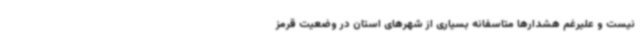
نیست و علیرغم هشدارها متاسفانه بسیاری از شهرهای استان در وضعیت قرمز